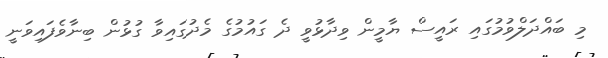
މި ބައްދަލްވުމުގައި ރައީސް ޔާމީން ވިދާޅުވީ ދެ ގައުމުގެ މެދުގައިވާ ގުޅުން ބިނާވެފައިވަނީ